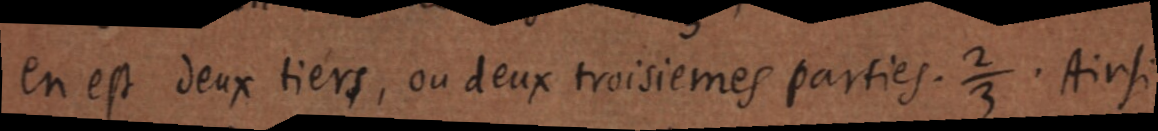
En est deux tiers, ou deux troisiemes parties. ⅔. Ainsi